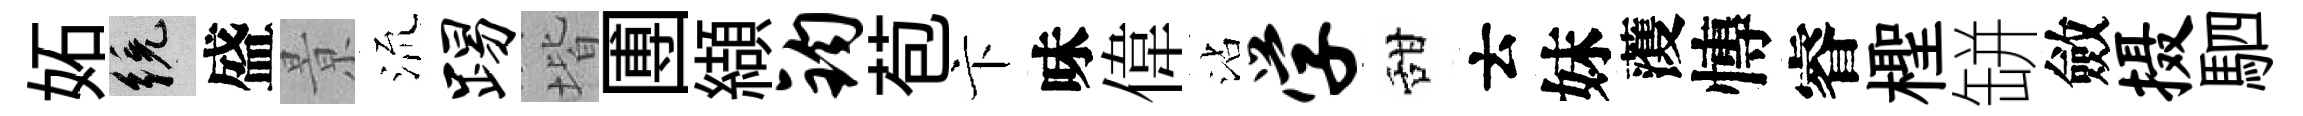
妬統盛㬌𣴑踢堦圑纈钧苞卞味偉沾学甜云妹𮑮慱睿檉缾斂摄駟